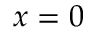
x = 0